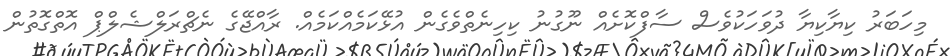
މިހަބަރު ކިޔާކިޔާ ދުވަހަކުވެސް ސާފްކޮށެއް ނޫގުނު ކިހިނެތްވެގެން އުޅޭކަމެއްކަމެއްް. ރާއްޖޭގެ ނެޗްރަލްޝެލްޕް އޮތްގޮތުން